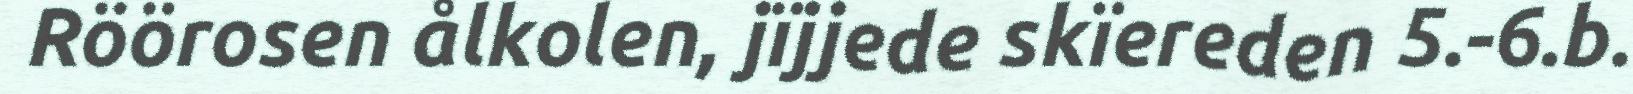
Röörosen ålkolen, jïjjede skïereden 5.-6.b.